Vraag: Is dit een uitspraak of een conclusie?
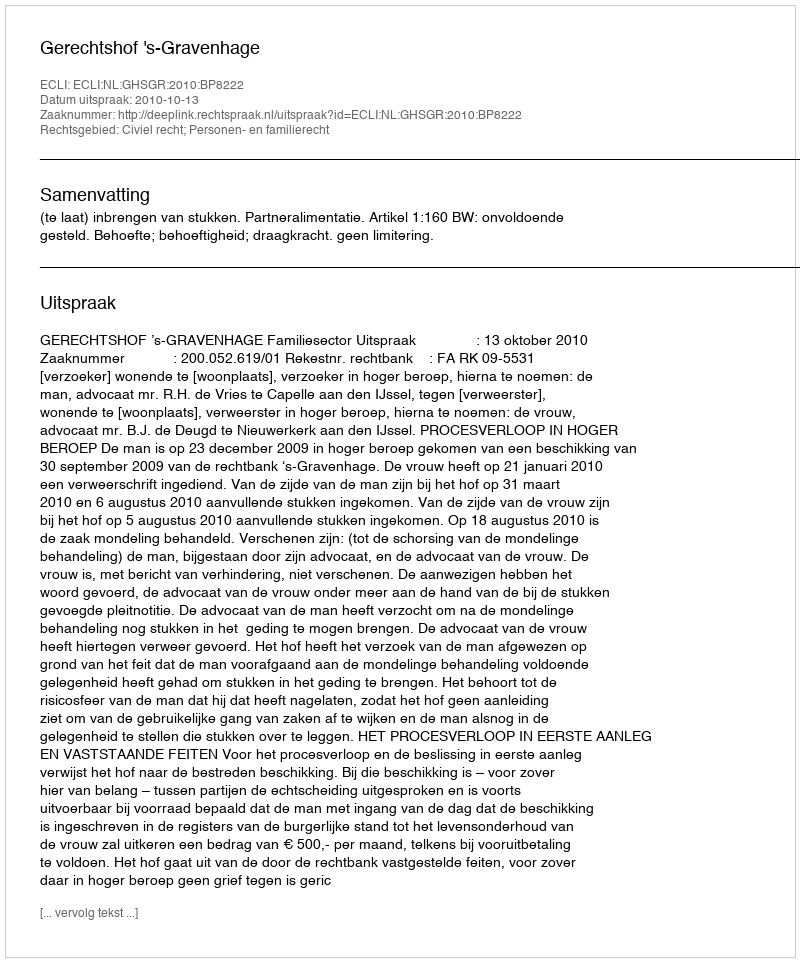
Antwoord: Uitspraak